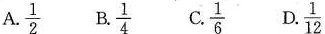
A.\frac{1}{2} B.\frac{1}{4} C.\frac{1}{6} D.\frac{1}{12}